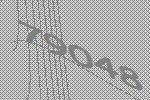
79048